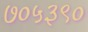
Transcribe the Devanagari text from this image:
७०५३९०